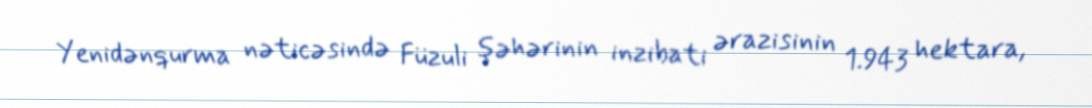
Yenidənqurma nəticəsində Füzuli şəhərinin inzibati ərazisinin 1.943 hektara,